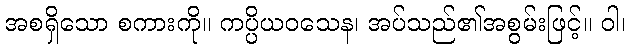
အစရှိသော စကားကို။ ကပ္ပိယဝသေန၊ အပ်သည်၏အစွမ်းဖြင့်။ ဝါ၊